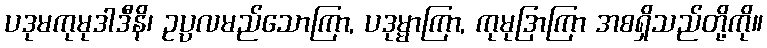
ပဒုမကုမုဒါဒီနိ၊ ဥပ္ပလမည်သောကြာ, ပဒုမ္မာကြာ, ကုမုဒြာကြာ အစရှိသည်တို့ကို။